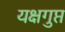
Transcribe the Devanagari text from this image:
यक्षगुप्त